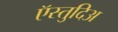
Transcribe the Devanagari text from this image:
ऍस्तुदिअ